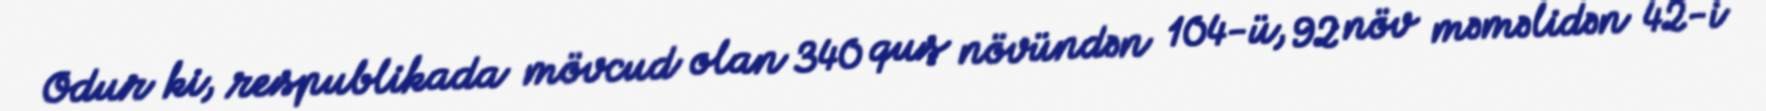
Odur ki, respublikada mövcud olan 340 quş növündən 104-ü, 92 növ məməlidən 42-i